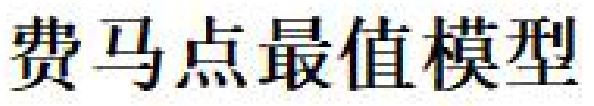
费马点最值模型